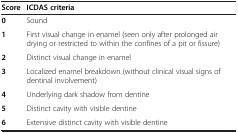
<table><thead><tr><td><b>Score</b></td><td><b>ICDAS criteria</b></td></tr></thead><tbody><tr><td><b>0</b></td><td>Sound</td></tr><tr><td><b>1</b></td><td>First visual change in enamel (seen only after prolonged air drying or restricted to within the confines of a pit or fissure)</td></tr><tr><td><b>2</b></td><td>Distinct visual change in enamel</td></tr><tr><td><b>3</b></td><td>Localized enamel breakdown (without clinical visual signs of dentinal involvement)</td></tr><tr><td><b>4</b></td><td>Underlying dark shadow from dentine</td></tr><tr><td><b>5</b></td><td>Distinct cavity with visible dentine</td></tr><tr><td><b>6</b></td><td>Extensive distinct cavity with visible dentine</td></tr></tbody></table>